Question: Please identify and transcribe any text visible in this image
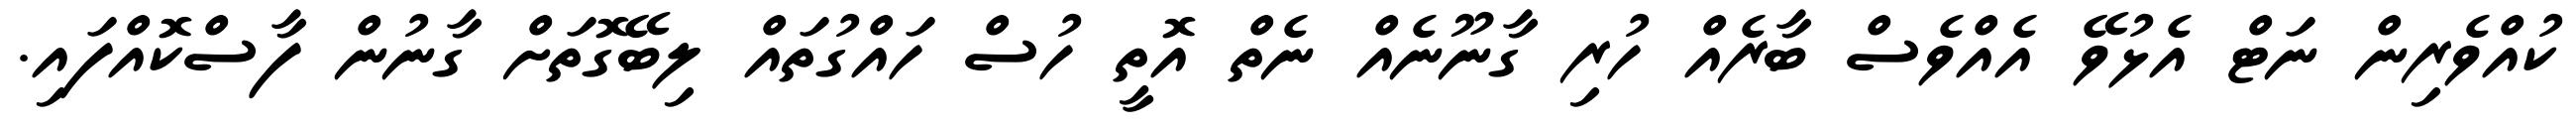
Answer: ކުއްވެރިން ނަޓް އެޅުވޭ އެއްވެސް ބާރެއް ހުރި ގާނޫނެއް ނެތް އޮތީ ހުސް ހައްގުތައް ލިބޭގޮތަށް ގާނުން ފާސްކޮއްފައި.